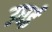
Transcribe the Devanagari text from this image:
उधई